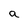
Character: a